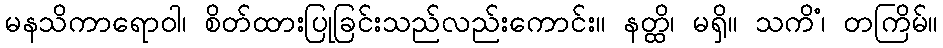
မနသိကာရောဝါ၊ စိတ်ထားပြုခြင်းသည်လည်းကောင်း။ နတ္ထိ၊ မရှိ။ သကိံ၊ တကြိမ်။